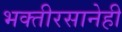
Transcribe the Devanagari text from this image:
भक्तीरसानेही